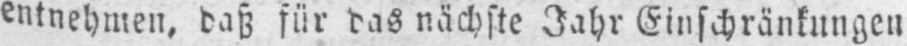
entnehmen, daß für das nächste Jahr Einschränkungen